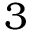
3